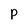
Character: p